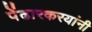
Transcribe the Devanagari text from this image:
पेंढारकरयांनी